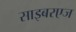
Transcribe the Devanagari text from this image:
साइबरएज